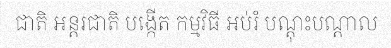
ជាតិ អន្តរជាតិ បង្កើត កម្មវិធី អប់រំ បណ្តុះបណ្តាល